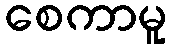
စေကာမူ